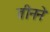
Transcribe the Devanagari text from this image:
तीनने